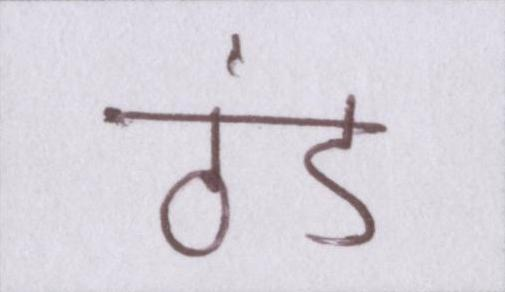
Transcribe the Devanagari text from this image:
ठंड